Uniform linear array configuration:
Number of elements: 64
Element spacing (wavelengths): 0.5
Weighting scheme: hamming
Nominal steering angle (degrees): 45
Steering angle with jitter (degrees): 44.032
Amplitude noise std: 0.05
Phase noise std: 0.05

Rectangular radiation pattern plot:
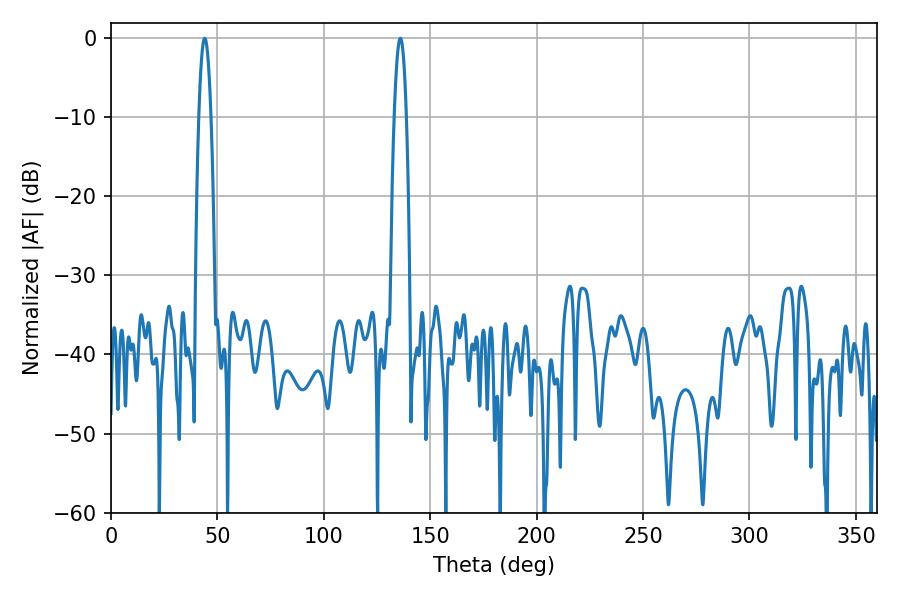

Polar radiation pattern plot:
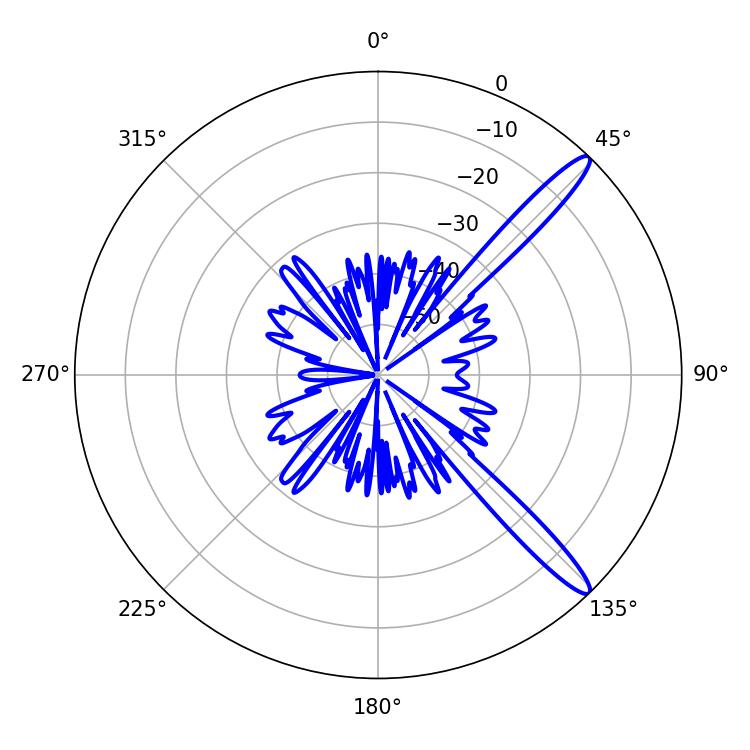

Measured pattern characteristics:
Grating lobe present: FALSE
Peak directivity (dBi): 13.811
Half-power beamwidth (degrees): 3.06
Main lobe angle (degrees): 135.9